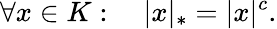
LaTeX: \forall x\in K:\quad|x|_{*}=|x|^{c}.